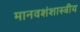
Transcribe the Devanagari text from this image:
मानवशंशास्त्रीय